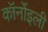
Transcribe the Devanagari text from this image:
कॉर्नोइली